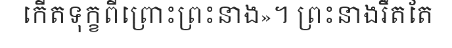
កើតទុក្ខពីព្រោះព្រះនាង»។ ព្រះនាងរឹតតែ